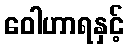
ဝေါဟာရနှင့်